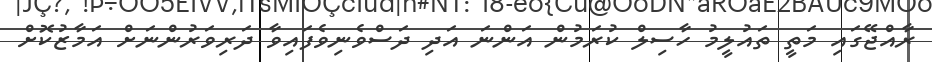
ރާއްޖޭގައި މަތީ ތައުލީމު ހާސިލް ކުރަމުން އަންނަ އަދި ދަސްވެނިވެފައިވާ ދަރިވަރުންނަށް އަމާޒުކޮށް